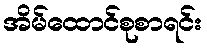
အိမ်ထောင်စုစာရင်း